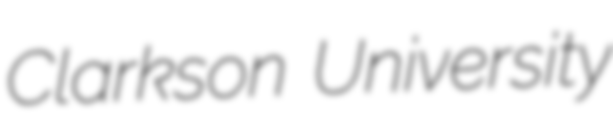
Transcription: Clarkson University